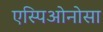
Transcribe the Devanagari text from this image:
एस्पिओनोसा